Document type: Testament
Year: 1362
Scribe: Berenguer Vergós
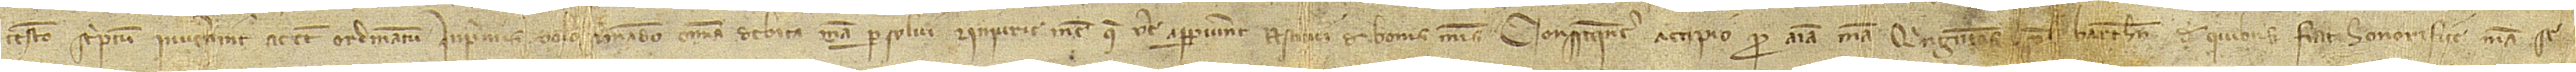
testamento scriptum invenerint ac etiam ordinatum. In primis volo et mando omnia debita mea persolvi et iniurie mee que vere apparuerint restitui de bonis meis. Consequenter accipio pro anima mea quingentos solidos Barchinone de quibus fiat honorifice mea se-